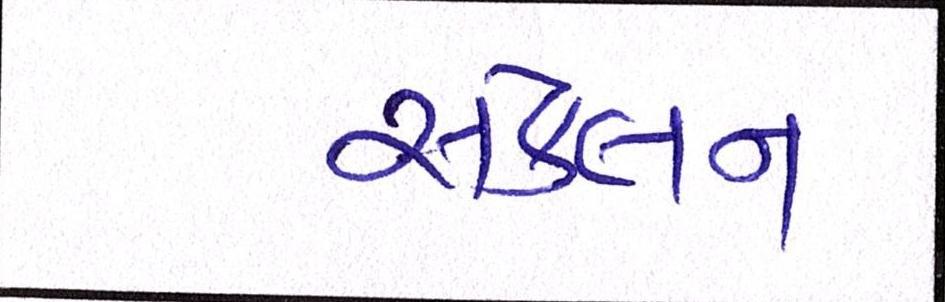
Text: સંકલન